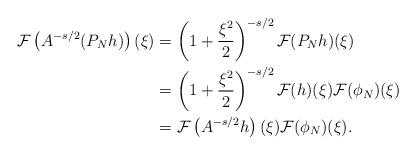
LaTeX: \begin{align*}\mathcal F \left( A^{-s/2} (P_N h) \right)(\xi) &= \left(1+\frac{\xi^2}{2}\right)^{-s/2} \mathcal F (P_N h )(\xi) \\&= \left(1+\frac{\xi^2}{2}\right)^{-s/2} \mathcal F (h )(\xi) \mathcal F (\phi_N)(\xi) \\&= \mathcal F\left(A^{-s/2} h \right) (\xi) \mathcal F (\phi_N)(\xi) .\end{align*}